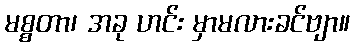
မစ္စတာ၊ အခု ဟင်း မှာမလားခင်ဗျာ။